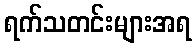
ရက်သတင်းများအရ